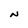
Character: N